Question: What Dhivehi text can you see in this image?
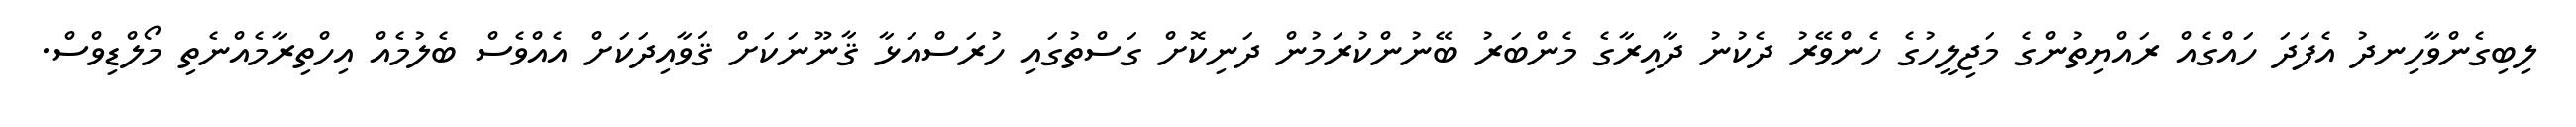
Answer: ލިބިގެންވާހިނދު އެފަދަ ހައްގެއް ރައްޔިތުންގެ މަޖިލީހުގެ ހެންވޭރު ދެކުނު ދާއިރާގެ މެންބަރު ބޭނުންކުރަމުން ދަނިކޮށް ގަސްތުގައި ހުރަސްއަޅާ ޤާނޫނަކަށް ޤަވާއިދަކަށް އެއްވެސް ބެލުމެއް އިހްތިރާމެއްނެތި މޯލްޑިވްސް.